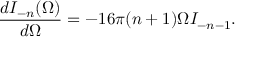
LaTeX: \frac { d I _ { - n } ( \Omega ) } { d \Omega } = - 1 6 \pi ( n + 1 ) \Omega I _ { - n - 1 } .